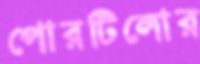
পোরটিলোর